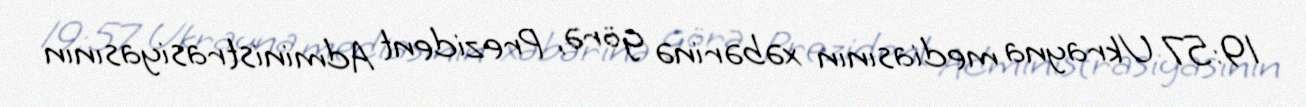
19:57 Ukrayna mediasının xəbərinə görə, Prezident Administrasiyasının